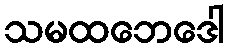
သမထဘေဒေါ